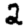
Digit: 2